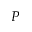
P